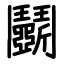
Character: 鬭